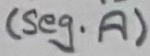
Text: (seg. A)